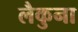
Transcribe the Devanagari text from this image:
लैकुना